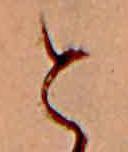
と